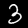
Digit: 3